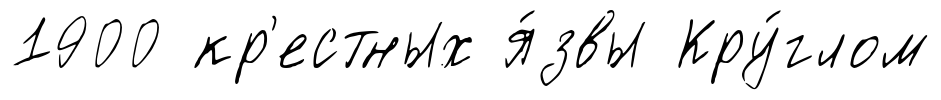
1900 кр'естных я́звы Кру́глом